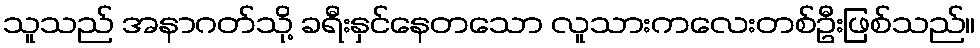
သူသည် အနာဂတ်သို့ ခရီးနှင်နေတသော လူသားကလေးတစ်ဦးဖြစ်သည်။